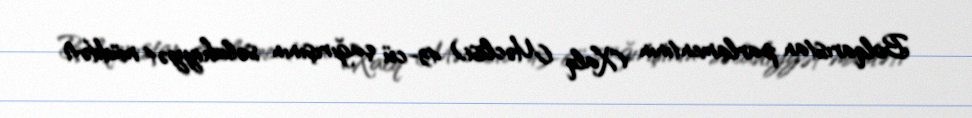
Bolqarıstan parlamentinin (Xalq Məclisi) 43-cü çağırışının səlahiyyət müddəti